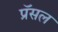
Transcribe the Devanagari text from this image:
प्रॅसल